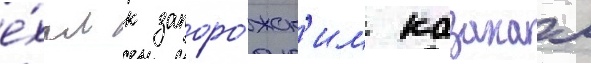
е́хал к запоро́жск'им казакам